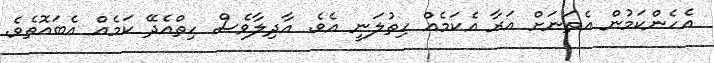
އެހެންކަމުން އެތަނަށް އަރާ އެކަމެއް ހިތުލަނީ އެވެ. އާދިލާވެސް ހިތްއެދޭ ކަމެއް އެބައޮތެވެ.